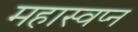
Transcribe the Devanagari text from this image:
महास्‍वप्‍न